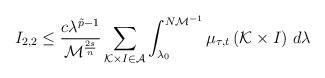
LaTeX: \begin{align*}\begin{aligned} I_{2,2}\leq \frac{c\lambda^{\tilde{p}-1}}{\mathcal{M}^{\frac{2s}{n}}}\sum_{\mathcal{K}\times I\in \mathcal{A}} \int_{\lambda_{0}}^{N\mathcal{M}^{-1}}\mu_{\tau,t}\left(\mathcal{K}\times I\right)\,d\lambda\end{aligned}\end{align*}